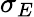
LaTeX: \sigma_{E}